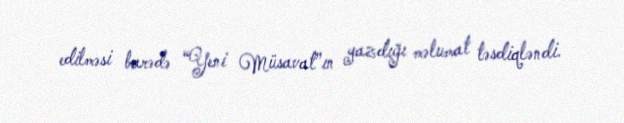
edilməsi barədə “Yeni Müsavat”ın yazdığı məlumat təsdiqləndi.